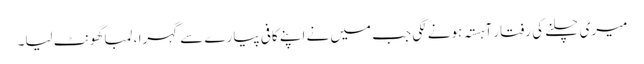
میری چلنے کی رفتار آہستہ ہونے لگی جب میں نے اپنے کافی پیارے سے گہرا ، لمبا گھونٹ لیا۔